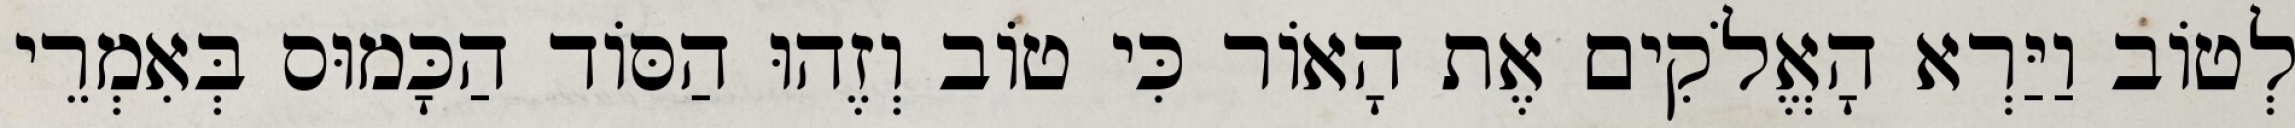
לְטוֹב וַיַּרְא הָאֱלֹקִים אֶת הָאוֹר כִּי טוֹב וְזֶהוּ הַסּוֹד הַכָּמוּס בְּאִמְרֵי